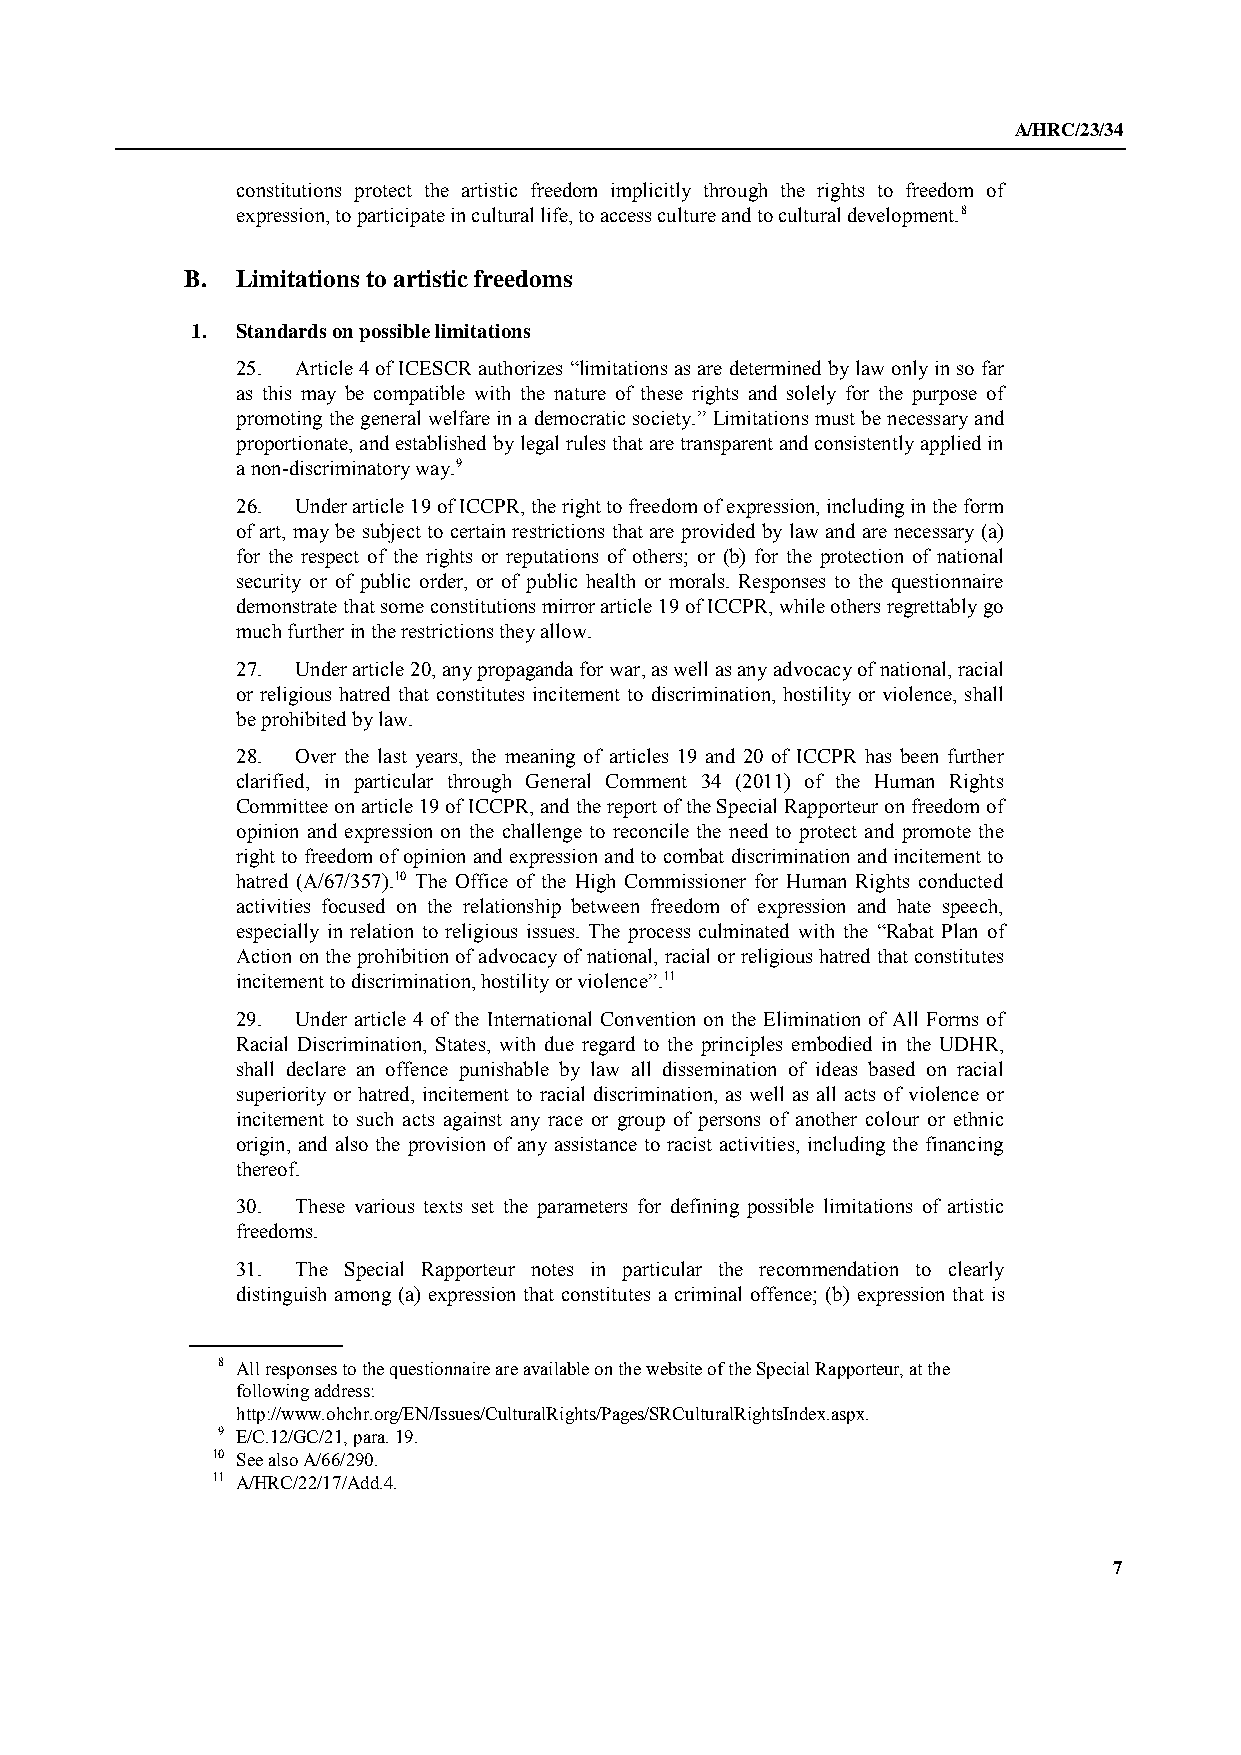
A/HRC/23/34
 constitutions protect the artistic freedom implicitly through the rights to freedom of
 expression, to participate in cultural life, to access culture and to cultural development.8
 B.  Limitations to artistic freedoms
 1. Standards on possible limitations
 25. Article 4 of ICESCR authorizes “limitations as are determined by law only in so far
 as this may be compatible with the nature of these rights and solely for the purpose of
 promoting the general welfare in a democratic society.” Limitations must be necessary and
 proportionate, and established by legal rules that are transparent and consistently applied in
 a non-discriminatory way.9
 26. Under article 19 of ICCPR, the right to freedom of expression, including in the form
 of art, may be subject to certain restrictions that are provided by law and are necessary (a)
 for the respect of the rights or reputations of others; or (b) for the protection of national
 security or of public order, or of public health or morals. Responses to the questionnaire
 demonstrate that some constitutions mirror article 19 of ICCPR, while others regrettably go
 much further in the restrictions they allow.
 27. Under article 20, any propaganda for war, as well as any advocacy of national, racial
 or religious hatred that constitutes incitement to discrimination, hostility or violence, shall
 be prohibited by law.
 28. Over the last years, the meaning of articles 19 and 20 of ICCPR has been further
 clarified, in particular through General Comment 34 (2011) of the Human Rights
 Committee on article 19 of ICCPR, and the report of the Special Rapporteur on freedom of
 opinion and expression on the challenge to reconcile the need to protect and promote the
 right to freedom of opinion and expression and to combat discrimination and incitement to
 hatred (A/67/357).10 The Office of the High Commissioner for Human Rights conducted
 activities focused on the relationship between freedom of expression and hate speech,
 especially in relation to religious issues. The process culminated with the “Rabat Plan of
 Action on the prohibition of advocacy of national, racial or religious hatred that constitutes
 incitement to discrimination, hostility or violence”.11
 29. Under article 4 of the International Convention on the Elimination of All Forms of
 Racial Discrimination, States, with due regard to the principles embodied in the UDHR,
 shall declare an offence punishable by law all dissemination of ideas based on racial
 superiority or hatred, incitement to racial discrimination, as well as all acts of violence or
 incitement to such acts against any race or group of persons of another colour or ethnic
 origin, and also the provision of any assistance to racist activities, including the financing
 thereof.
 30. These various texts set the parameters for defining possible limitations of artistic
 freedoms.
 31. The Special Rapporteur notes in particular the recommendation to clearly
 distinguish among (a) expression that constitutes a criminal offence; (b) expression that is
 8 All responses to the questionnaire are available on the website of the Special Rapporteur, at the
 following address:
 http://www.ohchr.org/EN/Issues/CulturalRights/Pages/SRCulturalRightsIndex.aspx.
 9 E/C.12/GC/21, para. 19.
 10 See also A/66/290.
 11 A/HRC/22/17/Add.4.
 7